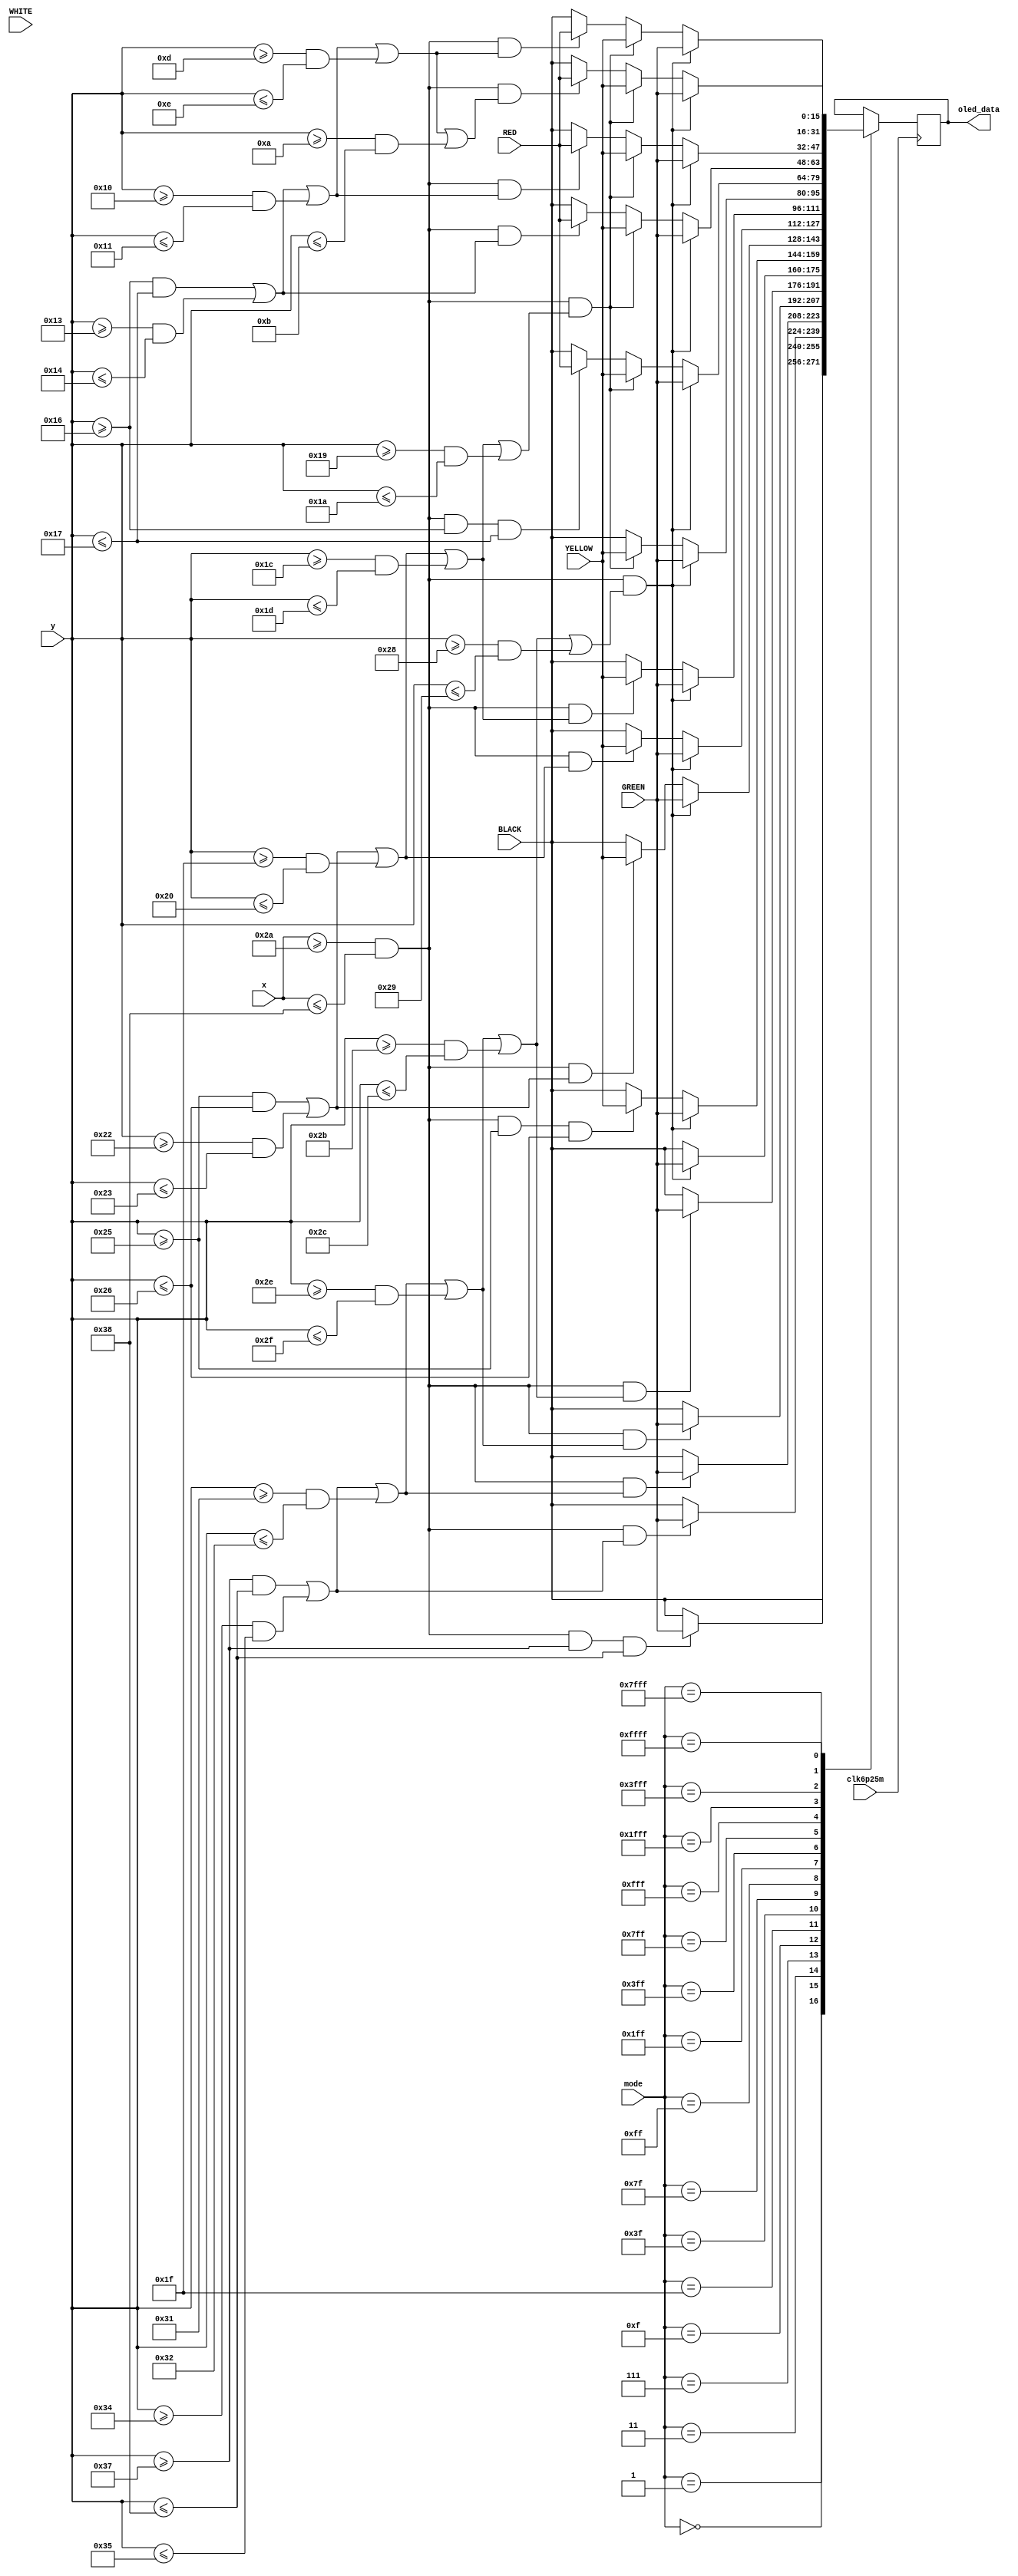
`timescale 1ns / 1ps
//////////////////////////////////////////////////////////////////////////////////
// Company: 
// Engineer: 
// 
// Design Name: 
// Module Name: drawRectangle
// Project Name: 
// Target Devices: 
// Tool Versions: 
// Description: 
// 
// Dependencies: 
// 
// Revision:
// Revision 0.01 - File Created
// Additional Comments:
// 
//////////////////////////////////////////////////////////////////////////////////

module drawRectangle(input clk6p25m, input [15:0] mode, input [6:0] x, input [6:0] y, input [15:0] GREEN,input [15:0] YELLOW,input [15:0] RED,input [15:0] BLACK,input [15:0] WHITE, output reg [15:0] oled_data);

    //13 x 3 pixel rectangles
    always @ (posedge clk6p25m) begin
        case (mode)
            0: begin
                oled_data <= BLACK;
               end
            16'b0000000000000001: begin
                if (x >= 42 && x <= 56 && y >= 55 && y <= 56) begin
                oled_data <= GREEN;
                end
                else begin
                oled_data <= BLACK;
                end
            end
            16'b0000000000000011: begin
                if (x >= 42 && x <= 56 && ((y >= 55 && y <= 56) || (y >= 52 && y <= 53))) begin
                oled_data <= GREEN;
                end
                else begin
                oled_data <= BLACK;
                end
            end
            16'b0000000000000111: begin
                if (x >= 42 && x <= 56 && ((y >= 55 && y <= 56) || (y >= 52 && y <= 53) || (y >= 49 && y <= 50))) begin
                oled_data <= GREEN;
                end
                else begin
                oled_data <= BLACK;
                end
            end
            16'b0000000000001111: begin
                if (x >= 42 && x <= 56 && ((y >= 55 && y <= 56) || (y >= 52 && y <= 53) || (y >= 49 && y <= 50) || (y >= 46 && y <= 47))) begin
                oled_data <= GREEN;
                end
                else begin
                oled_data <= BLACK;
                end
            end
            16'b0000000000011111: begin
                if (x >= 42 && x <= 56 && ((y >= 55 && y <= 56) || (y >= 52 && y <= 53) || (y >= 49 && y <= 50) || (y >= 46 && y <= 47) || (y >= 43 && y <= 44))) begin
                oled_data <= GREEN;
                end
                else begin
                oled_data <= BLACK;
                end
            end
            16'b0000000000111111: begin
                if (x >= 42 && x <= 56 && ((y >= 55 && y <= 56) || (y >= 52 && y <= 53) || (y >= 49 && y <= 50) || (y >= 46 && y <= 47) || (y >= 43 && y <= 44) || (y >= 40 && y <= 41))) begin
                oled_data <= GREEN;
                end
                else begin
                oled_data <= BLACK;
                end
            end
            16'b0000000001111111: begin
                if (x >= 42 && x <= 56 && ((y >= 55 && y <= 56) || (y >= 52 && y <= 53) || (y >= 49 && y <= 50) || (y >= 46 && y <= 47) || (y >= 43 && y <= 44) || (y >= 40 && y <= 41))) begin
                oled_data <= GREEN;
                end
                else if (x >= 42 && x <= 56 && y >= 37 && y <= 38) begin
                oled_data <= YELLOW;
                end
                else begin
                oled_data <= BLACK;
                end
            end
            16'b0000000011111111: begin
                if (x >= 42 && x <= 56 && ((y >= 55 && y <= 56) || (y >= 52 && y <= 53) || (y >= 49 && y <= 50) || (y >= 46 && y <= 47) || (y >= 43 && y <= 44) || (y >= 40 && y <= 41))) begin
                oled_data <= GREEN;
                end
                else if (x >= 42 && x <= 56 && ((y >= 37 && y <= 38) || (y >= 34 && y <= 35))) begin
                oled_data <= YELLOW;
                end
                else begin
                oled_data <= BLACK;
                end
            end
            16'b0000000111111111: begin
                if (x >= 42 && x <= 56 && ((y >= 55 && y <= 56) || (y >= 52 && y <= 53) || (y >= 49 && y <= 50) || (y >= 46 && y <= 47) || (y >= 43 && y <= 44) || (y >= 40 && y <= 41))) begin
                oled_data <= GREEN;
                end
                else if (x >= 42 && x <= 56 && ((y >= 37 && y <= 38) || (y >= 34 && y <= 35) || (y >= 31 && y <= 32))) begin
                oled_data <= YELLOW;
                end
                else begin
                oled_data <= BLACK;
                end
            end
            16'b0000001111111111: begin
                if (x >= 42 && x <= 56 && ((y >= 55 && y <= 56) || (y >= 52 && y <= 53) || (y >= 49 && y <= 50) || (y >= 46 && y <= 47) || (y >= 43 && y <= 44) || (y >= 40 && y <= 41))) begin
                oled_data <= GREEN;
                end
                else if (x >= 42 && x <= 56 && ((y >= 37 && y <= 38) || (y >= 34 && y <= 35) || (y >= 31 && y <= 32) || (y >= 28 && y <= 29))) begin
                oled_data <= YELLOW;
                end
                else begin
                oled_data <= BLACK;
                end
            end
            16'b0000011111111111: begin
                if (x >= 42 && x <= 56 && ((y >= 55 && y <= 56) || (y >= 52 && y <= 53) || (y >= 49 && y <= 50) || (y >= 46 && y <= 47) || (y >= 43 && y <= 44) || (y >= 40 && y <= 41))) begin
                oled_data <= GREEN;
                end
                else if (x >= 42 && x <= 56 && ((y >= 37 && y <= 38) || (y >= 34 && y <= 35) || (y >= 31 && y <= 32) || (y >= 28 && y <= 29) || (y >= 25 && y <= 26))) begin
                oled_data <= YELLOW;
                end
                else begin
                oled_data <= BLACK;
                end
            end
            16'b0000111111111111: begin
                if (x >= 42 && x <= 56 && ((y >= 55 && y <= 56) || (y >= 52 && y <= 53) || (y >= 49 && y <= 50) || (y >= 46 && y <= 47) || (y >= 43 && y <= 44) || (y >= 40 && y <= 41))) begin
                oled_data <= GREEN;
                end
                else if (x >= 42 && x <= 56 && ((y >= 37 && y <= 38) || (y >= 34 && y <= 35) || (y >= 31 && y <= 32) || (y >= 28 && y <= 29) || (y >= 25 && y <= 26))) begin
                oled_data <= YELLOW;
                end
                else if (x >= 42 && x <= 56 && y >= 22 && y <= 23) begin
                oled_data <= RED;
                end
                else begin
                oled_data <= BLACK;
                end
            end
            16'b0001111111111111: begin
                if (x >= 42 && x <= 56 && ((y >= 55 && y <= 56) || (y >= 52 && y <= 53) || (y >= 49 && y <= 50) || (y >= 46 && y <= 47) || (y >= 43 && y <= 44) || (y >= 40 && y <= 41))) begin
                oled_data <= GREEN;
                end
                else if (x >= 42 && x <= 56 && ((y >= 37 && y <= 38) || (y >= 34 && y <= 35) || (y >= 31 && y <= 32) || (y >= 28 && y <= 29) || (y >= 25 && y <= 26))) begin
                oled_data <= YELLOW;
                end
                else if (x >= 42 && x <= 56 && ((y >= 22 && y <= 23) || (y >= 19 && y <= 20))) begin
                oled_data <= RED;
                end
                else begin
                oled_data <= BLACK;
                end
            end
            16'b0011111111111111: begin
                if (x >= 42 && x <= 56 && ((y >= 55 && y <= 56) || (y >= 52 && y <= 53) || (y >= 49 && y <= 50) || (y >= 46 && y <= 47) || (y >= 43 && y <= 44) || (y >= 40 && y <= 41))) begin
                oled_data <= GREEN;
                end
                else if (x >= 42 && x <= 56 && ((y >= 37 && y <= 38) || (y >= 34 && y <= 35) || (y >= 31 && y <= 32) || (y >= 28 && y <= 29) || (y >= 25 && y <= 26))) begin
                oled_data <= YELLOW;
                end
                else if (x >= 42 && x <= 56 && ((y >= 22 && y <= 23) || (y >= 19 && y <= 20) || (y >= 16 && y <= 17))) begin
                oled_data <= RED;
                end
                else begin
                oled_data <= BLACK;
                end
            end
            16'b0111111111111111: begin
                if (x >= 42 && x <= 56 && ((y >= 55 && y <= 56) || (y >= 52 && y <= 53) || (y >= 49 && y <= 50) || (y >= 46 && y <= 47) || (y >= 43 && y <= 44) || (y >= 40 && y <= 41))) begin
                oled_data <= GREEN;
                end
                else if (x >= 42 && x <= 56 && ((y >= 37 && y <= 38) || (y >= 34 && y <= 35) || (y >= 31 && y <= 32) || (y >= 28 && y <= 29) || (y >= 25 && y <= 26))) begin
                oled_data <= YELLOW;
                end
                else if (x >= 42 && x <= 56 && ((y >= 22 && y <= 23) || (y >= 19 && y <= 20) || (y >= 16 && y <= 17) || (y >= 13 && y <= 14))) begin
                oled_data <= RED;
                end
                else begin
                oled_data <= BLACK;
                end
            end
            16'b1111111111111111: begin
                if (x >= 42 && x <= 56 && ((y >= 55 && y <= 56) || (y >= 52 && y <= 53) || (y >= 49 && y <= 50) || (y >= 46 && y <= 47) || (y >= 43 && y <= 44) || (y >= 40 && y <= 41))) begin
                oled_data <= GREEN;
                end
                else if (x >= 42 && x <= 56 && ((y >= 37 && y <= 38) || (y >= 34 && y <= 35) || (y >= 31 && y <= 32) || (y >= 28 && y <= 29) || (y >= 25 && y <= 26))) begin
                oled_data <= YELLOW;
                end
                else if (x >= 42 && x <= 56 && ((y >= 22 && y <= 23) || (y >= 19 && y <= 20) || (y >= 16 && y <= 17) || (y >= 13 && y <= 14) || (y >= 10 && y <= 11))) begin
                oled_data <= RED;
                end
                else begin
                oled_data <= BLACK;
                end
            end
        endcase
    end
endmodule